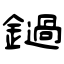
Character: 鐹